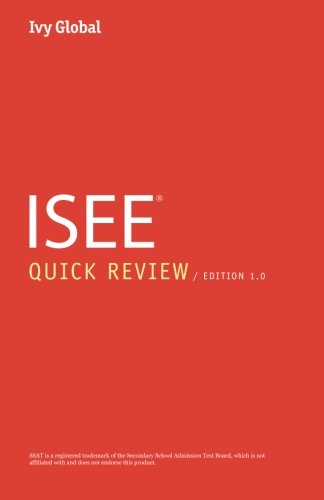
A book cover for Ivy Global ISEE Quick Review; Ivy Global; Test Preparation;